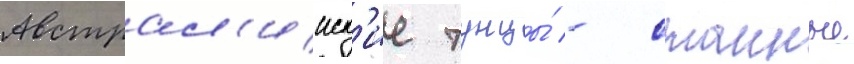
Австрал'ииск'ие тунцы́ - стаиные